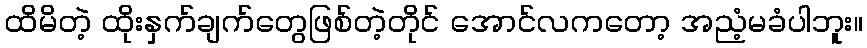
ထိမိတဲ့ ထိုးနှက်ချက်တွေဖြစ်တဲ့တိုင် အောင်လကတော့ အညံ့မခံပါဘူး။